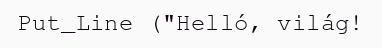
Put_Line ("Helló, világ!